Insane asylums in Bengal annual reports 1867-1875 - 1867-1875
Year: 1867
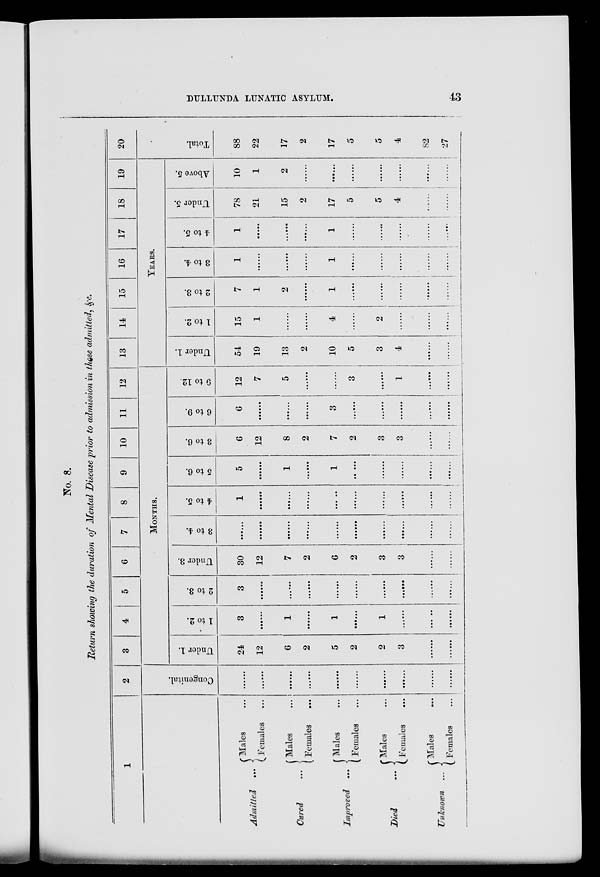
DULLUNDA LUNATIC ASYLUM.
43
No. 8.
Return showing the duration of Mental Disease prior to admission in these admitied, &c.
1
Admitted
...
Cured ...
Improved ...
Died ...
Unknown
...
Males ...
Females ...
Males ...
Females ...
Males ...
Females ...
Males ...
Females ...
Males ...
Females ...
2
Congenital.
......
......
......
......
......
......
......
......
......
3
4
5
6
7
8
9
10
11
12
MONTHS.
Under 1.
24
12
6
2
5
2
2
3
......
......
1 to 2.
3
......
1
......
1
......
1
......
......
......
2 to 3.
3
......
......
......
......
......
......
......
......
......
Under 3.
30
12
7
2
6
2
3
3
......
......
3 to 4.
......
......
......
......
......
......
......
......
......
......
4 to 5.
1
......
......
......
......
......
......
......
......
......
5 to 6.
5
......
1
......
1
......
......
......
......
......
3 to 6.
6
12
8
2
7
2
3
3
......
......
6 to 9.
6
......
......
......
3
......
......
......
......
......
9 to 12.
12
7
5
......
......
3
......
1
......
......
13
14
15
16
17
18
19
YEARS.
Under 1.
54
19
13
2
10
5
3
4
......
......
1 to 2.
15
1
......
......
4
......
2
......
......
......
2 to 3.
7
1
2
......
1
......
......
......
......
......
3 to 4.
1
......
......
......
1
......
......
......
......
4 to 5.
1
......
......
......
1
......
......
......
......
......
Under 5.
78
21
15
2
17
5
5
4
......
......
Above 5.
10
1
2
......
......
......
......
......
......
......
20
Total.
88
22
17
2
17
5
5
4
82
27